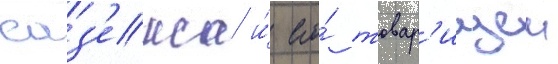
саз'екса и́ его́ товар'ищеи